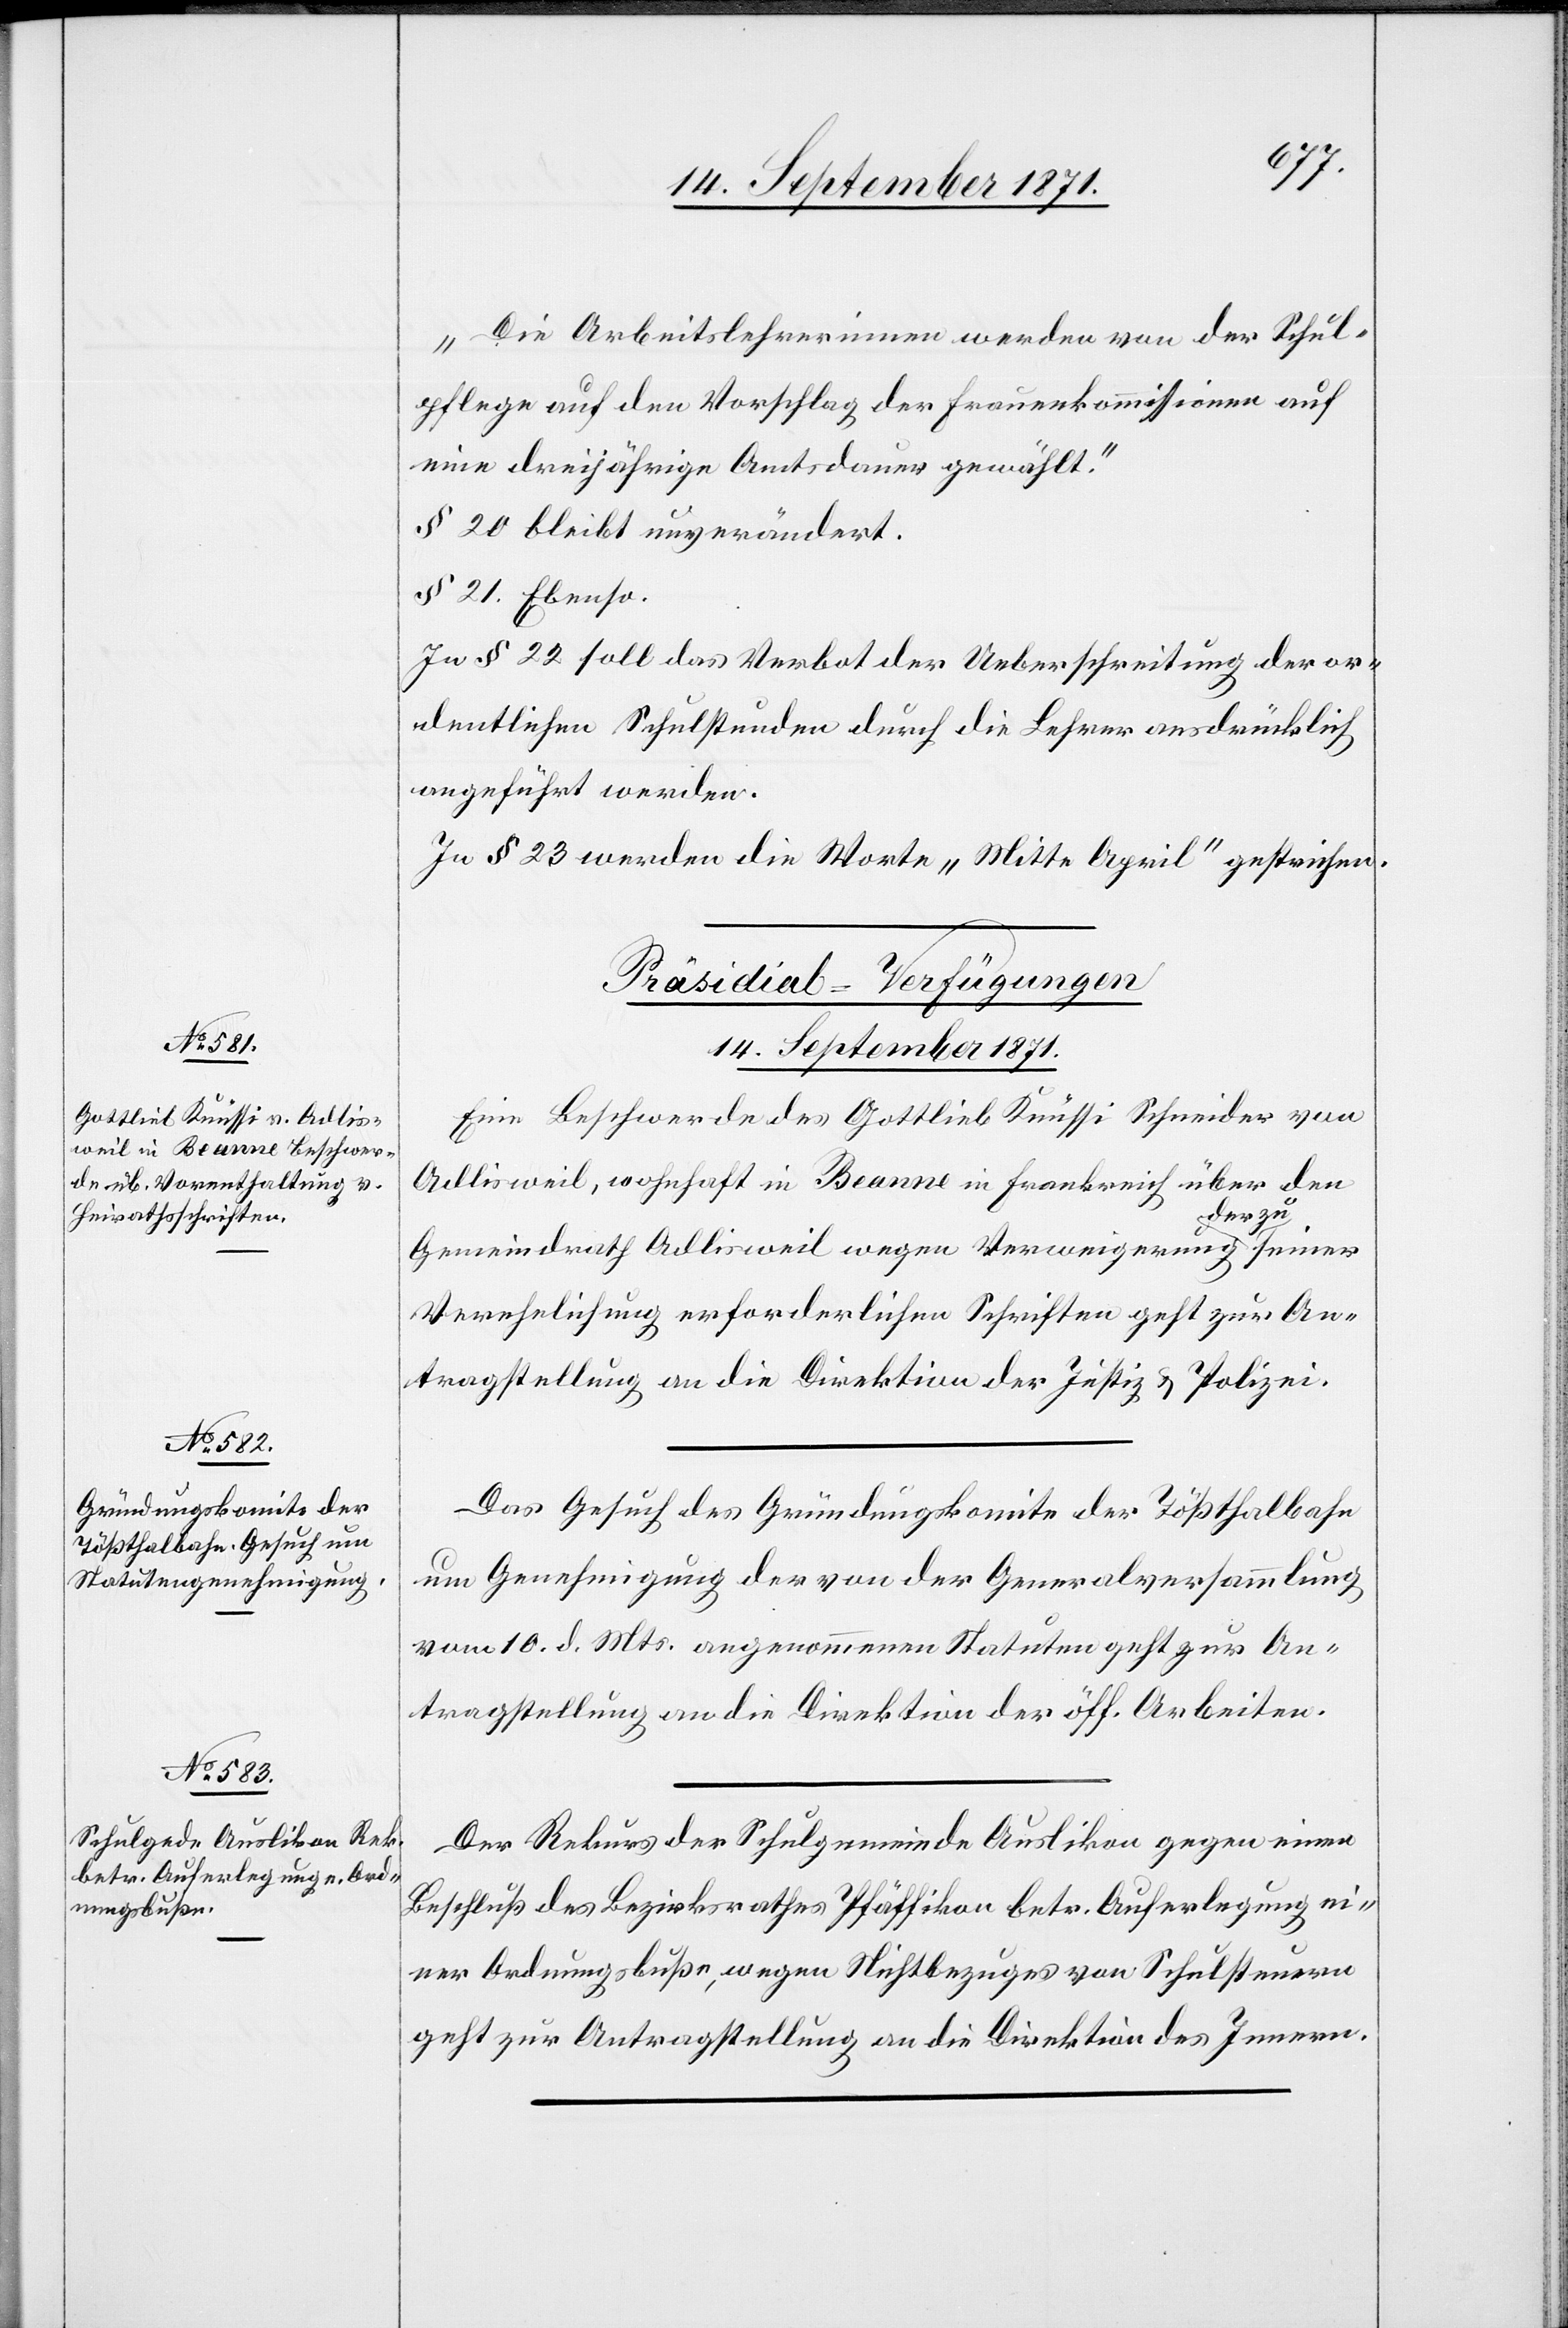
14. September 1871.]
„Die Arbeitslehrerinnen werden von der Schul¬
pflege auf den Vorschlag der Frauenkommission auf
eine dreijährige Amtsdauer gewählt.“
§ 20 bleibt unverändert.
§ 21. Ebenso.
In § 22soll das Verbot der Ueberschreitung der or¬
dentlichen Schulstunde durch die Lehrer ausdrücklich
angeführt werden.
In § 23 werden die Worte „Mitte April“ gestrichen.
[Präsidial-Verfügungen.
Eine Beschwerde des Gottlieb Knüssi Schneider von
Adlisweil, wohnhaft in Beaune in Frankreich über den
Gemeindrath Adlisweil wegen Verweigerung der
Verehelichung erforderlichen Schriften geht zur An¬
tragstellung an die Direktion der Justiz & Polizei.
Das Gesuch des Gründungskomite der Tößthalbahn
um Genehmigung der von der Generalversammlung
vom 10. d. Mts. angenommenen Statuten geht zur An¬
tragstellung an die Direktion der öff. Arbeiten.
Der Rekurs der Schulgemeinde Auslikon gegen einen
Beschluß des Bezirksrathes Pfäffikon betr. Auferlegung ei¬
ner Ordnungsbuße, wegen Nichtbezuges von Schulsteuern
geht zur Antragstellung an die Direktion des Innern.